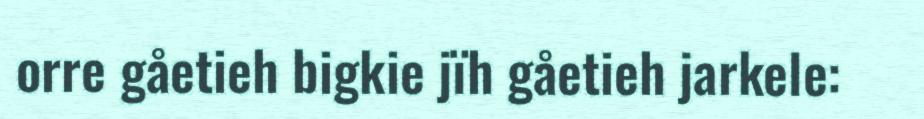
orre gåetieh bigkie jïh gåetieh jarkele: